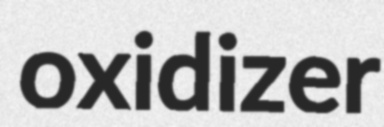
oxidizer